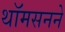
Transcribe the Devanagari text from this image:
थॉमसनने